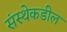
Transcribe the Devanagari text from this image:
संस्थेकडील